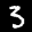
Label: 3